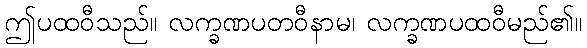
ဤပထဝီသည်။ လက္ခဏပတဝီနာမ၊ လက္ခဏပထဝီမည်၏။